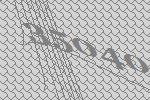
35040